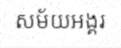
សម័យអង្គរ